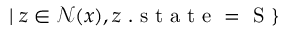
| \; z \in \mathcal { N } ( x ) , z \mathrm { ~ . ~ s ~ t ~ a ~ t ~ e ~ = ~ S ~ } \}